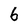
Character: 6